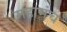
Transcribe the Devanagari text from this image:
महामंच